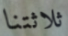
ثلاثتنا